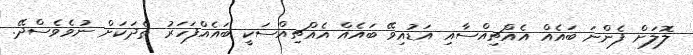
ލޮލަށް ފެންނަ ބައެއް އެއްޗިއްސާއި އަޑުއިވޭ ބައެއް އެއްޗިއްސަކީ ބައެއްފަހަރު ތެދަކަށް ނުވެވެސްދޭ.